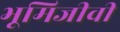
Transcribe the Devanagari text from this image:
भूमिजीवी